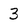
Character: 3